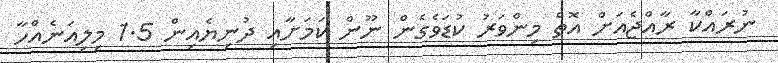
ނުރައްކާ ރާއްޖެއަށް އޮތް މިންވަރު ކުޑަވެގެން ނޫން ކަމަށާއި ދުނިޔެއިން 1.5 މިލިއަނެއްހާ